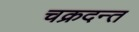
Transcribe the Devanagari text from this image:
चक्रदन्त